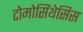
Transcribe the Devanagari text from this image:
टोमोसिंथेसिस